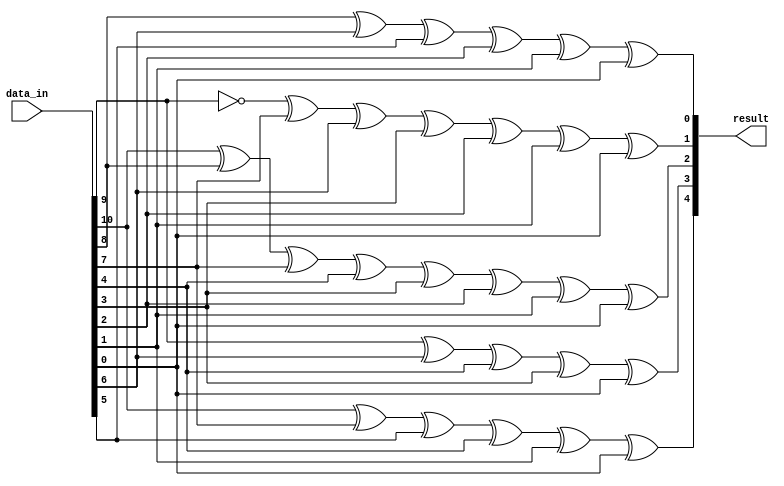
// `default_nettype none
module usb_crc5_11(
    input  wire [10:0] data_in,
    output wire  [4:0] result);

    // CRC5 polynomial: x^5 + x^2 + 1

    assign result[4] = data_in[10-0] ^ data_in[10-3] ^ data_in[10-5] ^ data_in[10-6] ^ data_in[10-9] ^ data_in[10-10];
    assign result[3] = data_in[10-1] ^ data_in[10-4] ^ data_in[10-6] ^ data_in[10-7] ^ data_in[10-10];
    assign result[2] = data_in[10-0] ^ data_in[10-2] ^ data_in[10-3] ^ data_in[10-6] ^ data_in[10-7] ^ data_in[10-8] ^ data_in[10-9] ^ data_in[10-10];
    assign result[1] = 1 ^ data_in[10-1] ^ data_in[10-3] ^ data_in[10-4] ^ data_in[10-7] ^ data_in[10-8] ^ data_in[10-9] ^ data_in[10-10];
    assign result[0] = data_in[10-2] ^ data_in[10-4] ^ data_in[10-5] ^ data_in[10-8] ^ data_in[10-9] ^ data_in[10-10];

endmodule